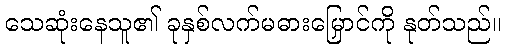
သေဆုံးနေသူ၏ ခုနှစ်လက်မဓားမြှောင်ကို နုတ်သည်။